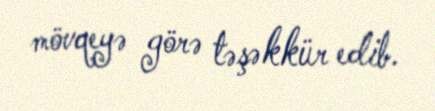
mövqeyə görə təşəkkür edib.